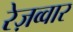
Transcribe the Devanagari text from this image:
रेज़व्वार